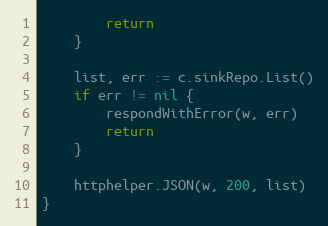
Language: Go
		return
	}

	list, err := c.sinkRepo.List()
	if err != nil {
		respondWithError(w, err)
		return
	}

	httphelper.JSON(w, 200, list)
}